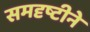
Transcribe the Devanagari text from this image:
समदृष्टीने